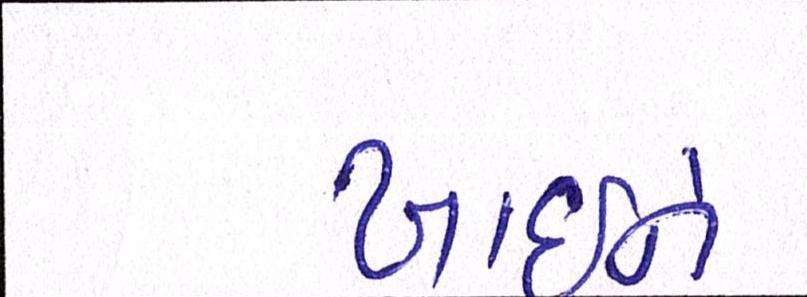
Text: ખાઇને